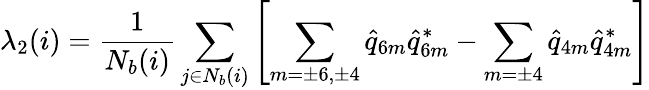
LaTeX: \lambda_{2}(i)=\frac{1}{N_{b}(i)}\sum_{j\in N_{b}(i)}\left[\sum_{m=\pm 6,\pm 4}\hat{q}_{6m}\hat{q}_{6m}^{*}-\sum_{m=\pm 4}\hat{q}_{4m}\hat{q}_{4m}^{*}\right]